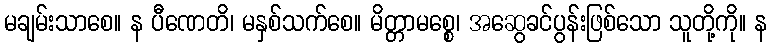
မချမ်းသာစေ။ န ပီဏေတိ၊ မနှစ်သက်စေ။ မိတ္တာမစ္စေ၊ အဆွေခင်ပွန်းဖြစ်သော သူတို့ကို။ န